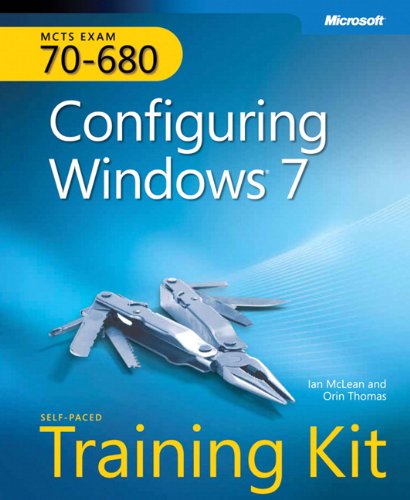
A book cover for Self-Paced Training Kit (Exam 70-680) Configuring Windows 7 (MCTS) (Microsoft Press Training Kit); Ian McLean; Computers & Technology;